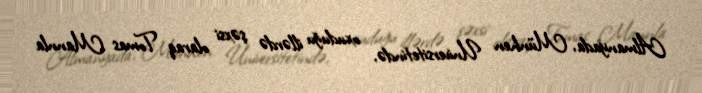
Almanyada, Münhen Universitetində, oxuduğu illərdə şəxsi olaraq Tomas Mannla